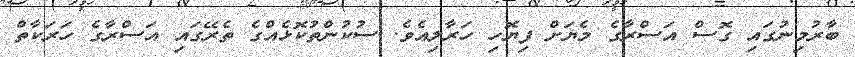
ބާރުމިނުގައި ގޮސް އަސްރާގެ މެޔަށް ފިޔޮހި ހަރާލިއެވެ. ސުކުންތުކޮޅެއްގެ ތެރޭގައި އަސްރާގެ ހަރަކާތް